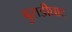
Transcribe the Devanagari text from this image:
बुराडीघाट